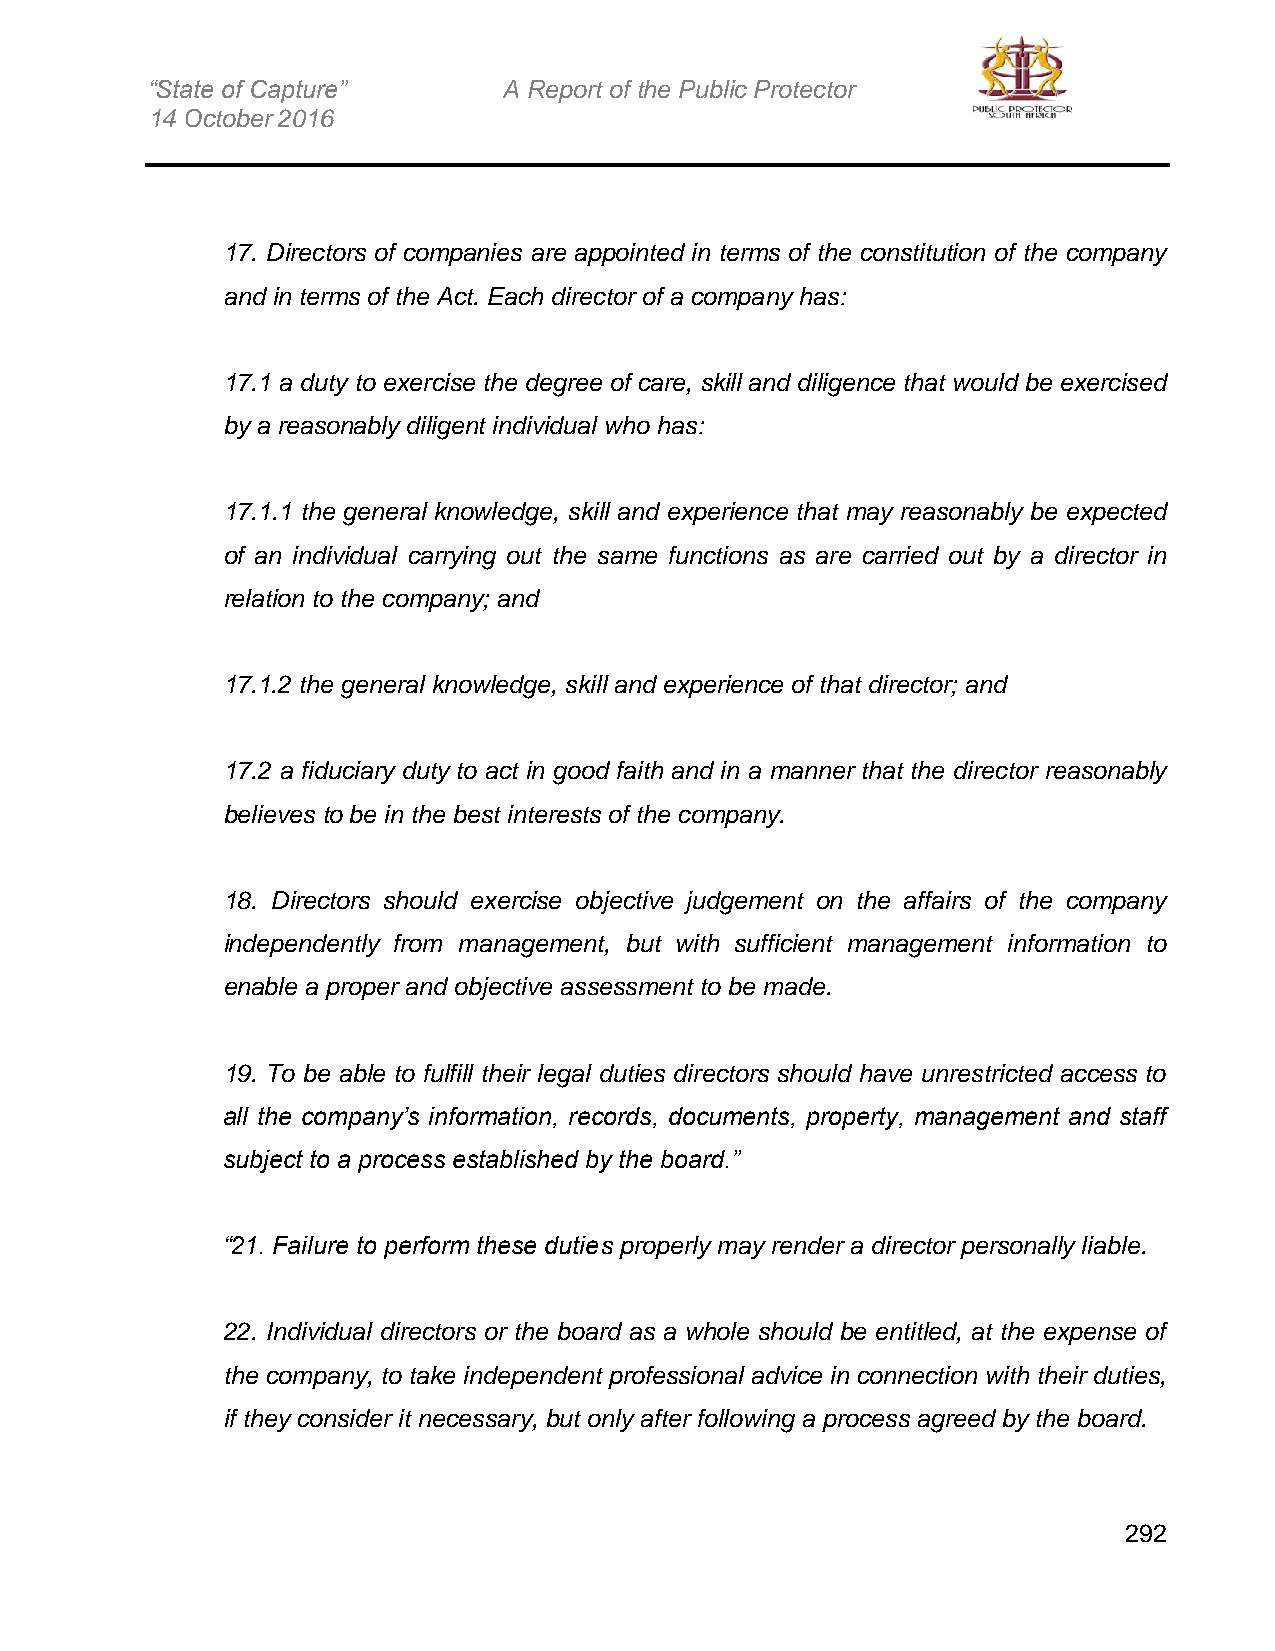
“State of Capture”     A Report of the Public Protector
 14 October 2016
 17. Directors of companies are appointed in terms of the constitution of the company
 and in terms of the Act. Each director of a company has:
 17.1 a duty to exercise the degree of care, skill and diligence that would be exercised
 by a reasonably diligent individual who has:
 17.1.1 the general knowledge, skill and experience that may reasonably be expected
 of an individual carrying out the same functions as are carried out by a director in
 relation to the company; and
 17.1.2 the general knowledge, skill and experience of that director; and
 17.2 a fiduciary duty to act in good faith and in a manner that the director reasonably
 believes to be in the best interests of the company.
 18. Directors should exercise objective judgement on the affairs of the company
 independently from management, but with sufficient management information to
 enable a proper and objective assessment to be made.
 19. To be able to fulfill their legal duties directors should have unrestricted access to
 all the company’s information, records, documents, property, management and staff
 subject to a process established by the board.”
 “21. Failure to perform these duties properly may render a director personally liable.
 22. Individual directors or the board as a whole should be entitled, at the expense of
 the company, to take independent professional advice in connection with their duties,
 if they consider it necessary, but only after following a process agreed by the board.
 292